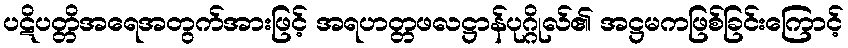
ပဋိပတ္တိအရေအတွက်အားဖြင့် အရဟတ္တဖလဋ္ဌာန်ပုဂ္ဂိုလ်၏ အဋ္ဌမကဖြစ်ခြင်းကြောင့်